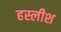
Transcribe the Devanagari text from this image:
हस्लीश